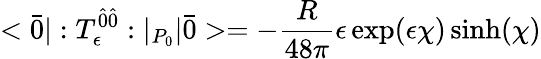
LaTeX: <\bar{0}|:T_{\epsilon}^{\hat{0}\hat{0}}:|_{P_{0}}|\bar{0}>=-\frac{R}{48\pi}\epsilon\exp(\epsilon\chi)\sinh(\chi)